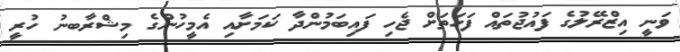
ވަނީ އިޒްރޭލުގެ ފައުޖުތައް ފަހަތަށް ޖެހި ފައިބަމުންދާ ކަމަށާއި އެމީހުންގެ މިޝްރާބނު ހުރީ